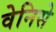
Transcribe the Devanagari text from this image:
वेनिसे